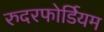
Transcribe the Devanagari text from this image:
रुदरफोर्डियम